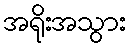
အရိုးအသွား